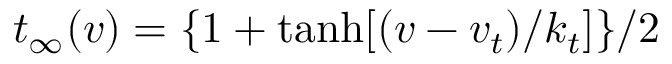
t _ { \infty } ( v ) = \lbrace 1 + \operatorname { t a n h } [ ( v - v _ { t } ) / k _ { t } ] \rbrace / 2